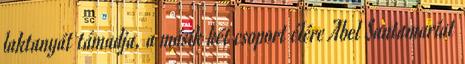
laktanyát támadja, a másik két csoport élére Abel Santamaríat